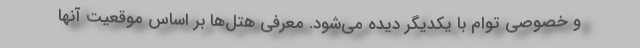
و خصوصی توام با یکدیگر دیده می‌شود. معرفی هتل‌ها بر اساس موقعیت آنها